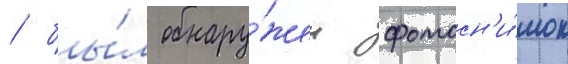
/ бы́л обнару́жен фотосн'и́мок